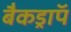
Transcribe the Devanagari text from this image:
बैकड्राॅप